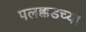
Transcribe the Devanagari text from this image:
पलक्कडच्या